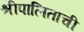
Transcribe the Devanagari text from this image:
श्रीपालिताची